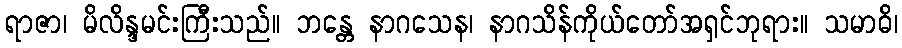
ရာဇာ၊ မိလိန္ဒမင်းကြီးသည်။ ဘန္တေ နာဂသေန၊ နာဂသိန်ကိုယ်တော်အရှင်ဘုရား။ သမာဓိ၊